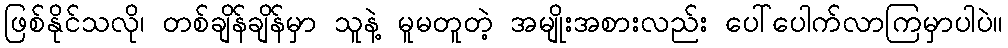
ဖြစ်နိုင်သလို၊ တစ်ချိန်ချိန်မှာ သူနဲ့ မူမတူတဲ့ အမျိုးအစားလည်း ပေါ်ပေါက်လာကြမှာပါပဲ။